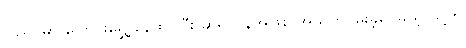
ပြည်ပမှာ ပြောင်းရွှေ့ နေထိုင်ပြီး ဆရာဝန်အဖြစ် အသက်မွေးခဲ့ပေမယ့် သူ့ကို